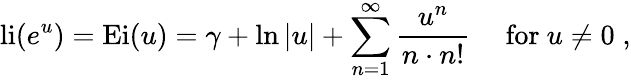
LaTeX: \operatorname{li}(e^{u})={\mathrm{Ei}}(u)=\gamma+\ln|u|+\sum_{n=1}^{\infty}{\frac{u^{n}}{n\cdot n!}}\quad{\mathrm{~for~}}u\neq 0\; ,